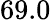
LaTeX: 69.0